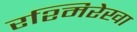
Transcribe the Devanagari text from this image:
रश्मिरेखा